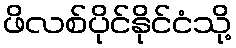
ဖိလစ်ပိုင်နိုင်ငံသို့